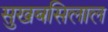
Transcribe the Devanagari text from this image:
सुखबसिलाल